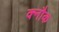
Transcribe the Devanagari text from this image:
क्नौक